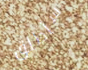
سأطلق